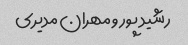
رشید پور و مهران مدیری